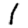
Digit: 1